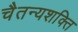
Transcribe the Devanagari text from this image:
चैतन्यशक्ति